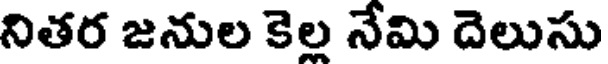
నితర జనుల కెల నేమి దెలుసు